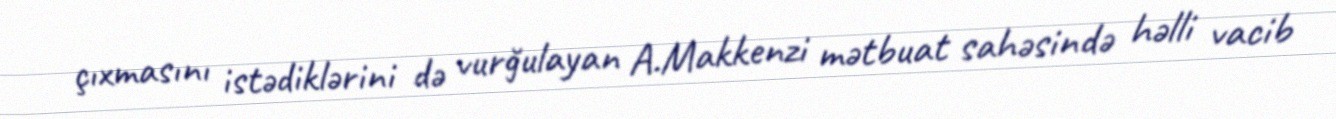
çıxmasını istədiklərini də vurğulayan A.Makkenzi mətbuat sahəsində həlli vacib